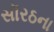
સૉરઠના